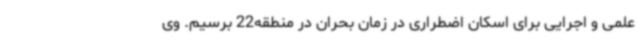
علمی و اجرایی برای اسکان اضطراری در زمان بحران در منطقه22 برسیم. وی